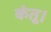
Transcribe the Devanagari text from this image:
कंतू।